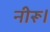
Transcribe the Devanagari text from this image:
नीरू।